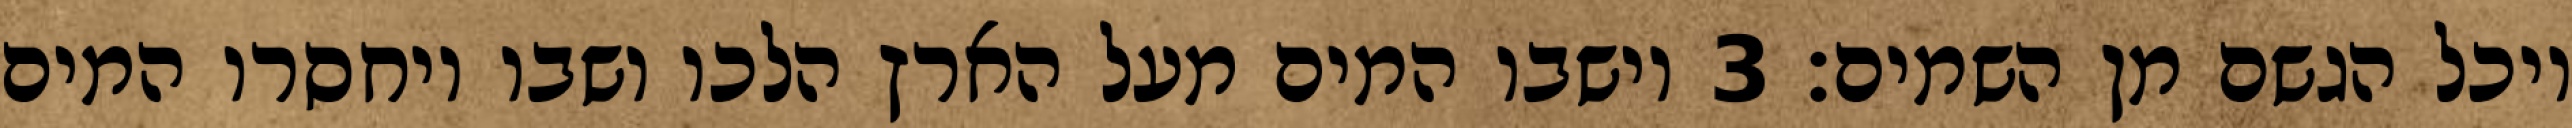
ויכל הגשם מן השמים׃ ‎3‏ וישבו המים מעל הארץ הלכו ושבו ויחסרו המים